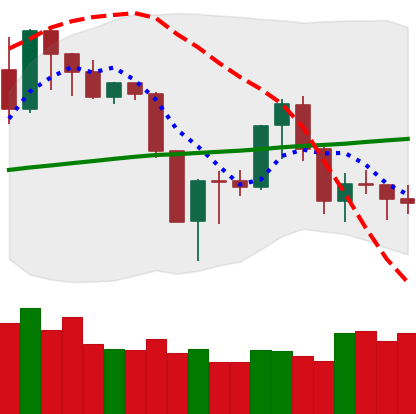
Ticker: XMR-USD
Chart end date: 2019-08-25
Forward return: -15.58%
Label: down_7plus